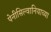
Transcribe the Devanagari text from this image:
पेनीसिल्वानियाच्या